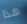
هذا